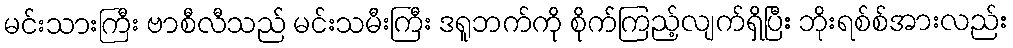
မင်းသားကြီး ဗာစီလီသည် မင်းသမီးကြီး ဒရူဘက်ကို စိုက်ကြည့်လျက်ရှိပြီး ဘိုးရစ်စ်အားလည်း